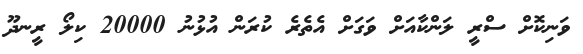
ވަނިކޮށް ސްރީ ލަންކާއަށް ވަގަށް އެތެރެ ކުރަން އުޅުނު 20000 ކިލޯ ރީނދޫ